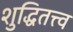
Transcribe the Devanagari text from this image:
शुद्धितत्त्व